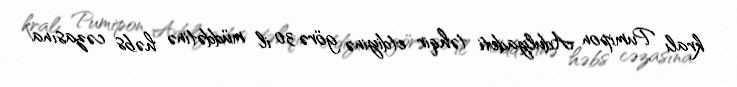
kralı Pumipon Adulyadeti təhqir etdiyinə görə 30 il müddətinə həbs cəzasına